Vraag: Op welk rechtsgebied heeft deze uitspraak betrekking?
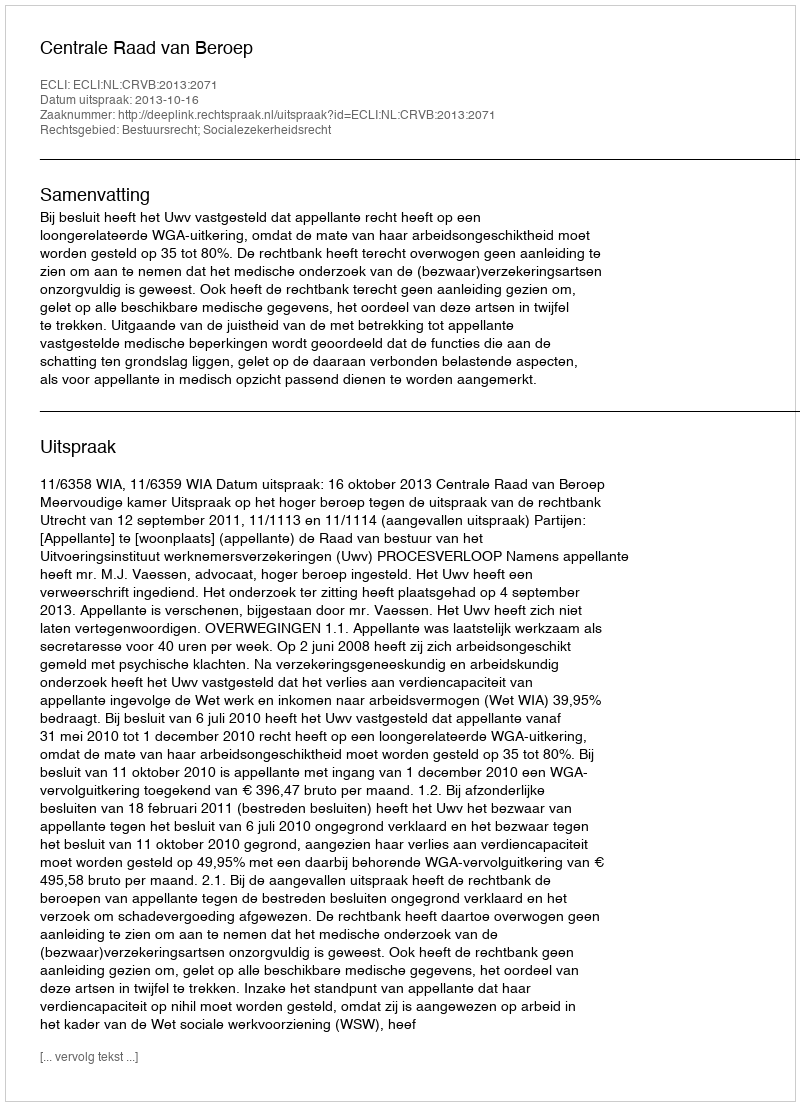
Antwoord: Bestuursrecht; Socialezekerheidsrecht